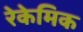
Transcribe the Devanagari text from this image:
रेकेमिक